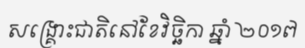
សង្គ្រោះជាតិនៅខែវិច្ឆិកា ឆ្នាំ ២០១៧